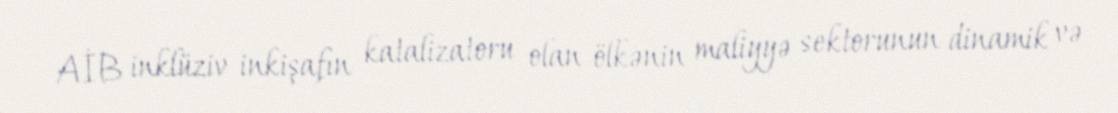
AİB inklüziv inkişafın katalizatoru olan ölkənin maliyyə sektorunun dinamik və